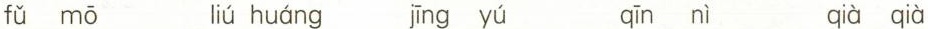
fǔ mō liú huáng jīng yú qīn nì qià qià